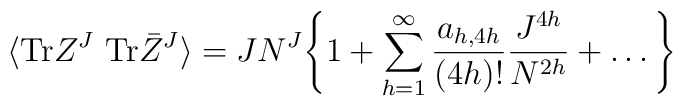
\langle {\rm Tr}Z^J~ {\rm Tr}\bar Z^J \rangle  = J N^J \Bigg\{ 1+ \sum_{h=1}^{\infty} {a_{h,4 h} \over (4 h)!} { J^{4 h} \over N^{2 h}} + \ldots \Bigg\}